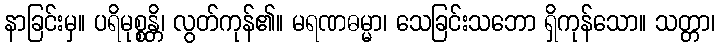
နာခြင်းမှ။ ပရိမုစ္စန္တိ၊ လွတ်ကုန်၏။ မရဏဓမ္မာ၊ သေခြင်းသဘော ရှိကုန်သော။ သတ္တာ၊